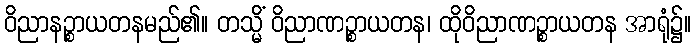
ဝိညာနဉ္စာယတနမည်၏။ တသ္မိံ ဝိညာဏဉ္စာယတန၊ ထိုဝိညာဏဉ္စာယတန အာရုံ၌။